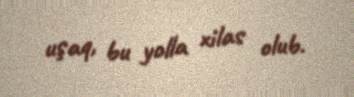
uşaq, bu yolla xilas olub.